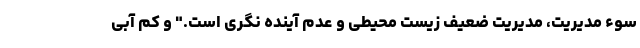
سوء مدیریت، مدیریت ضعیف زیست محیطی و عدم آینده نگری است." و کم آبی